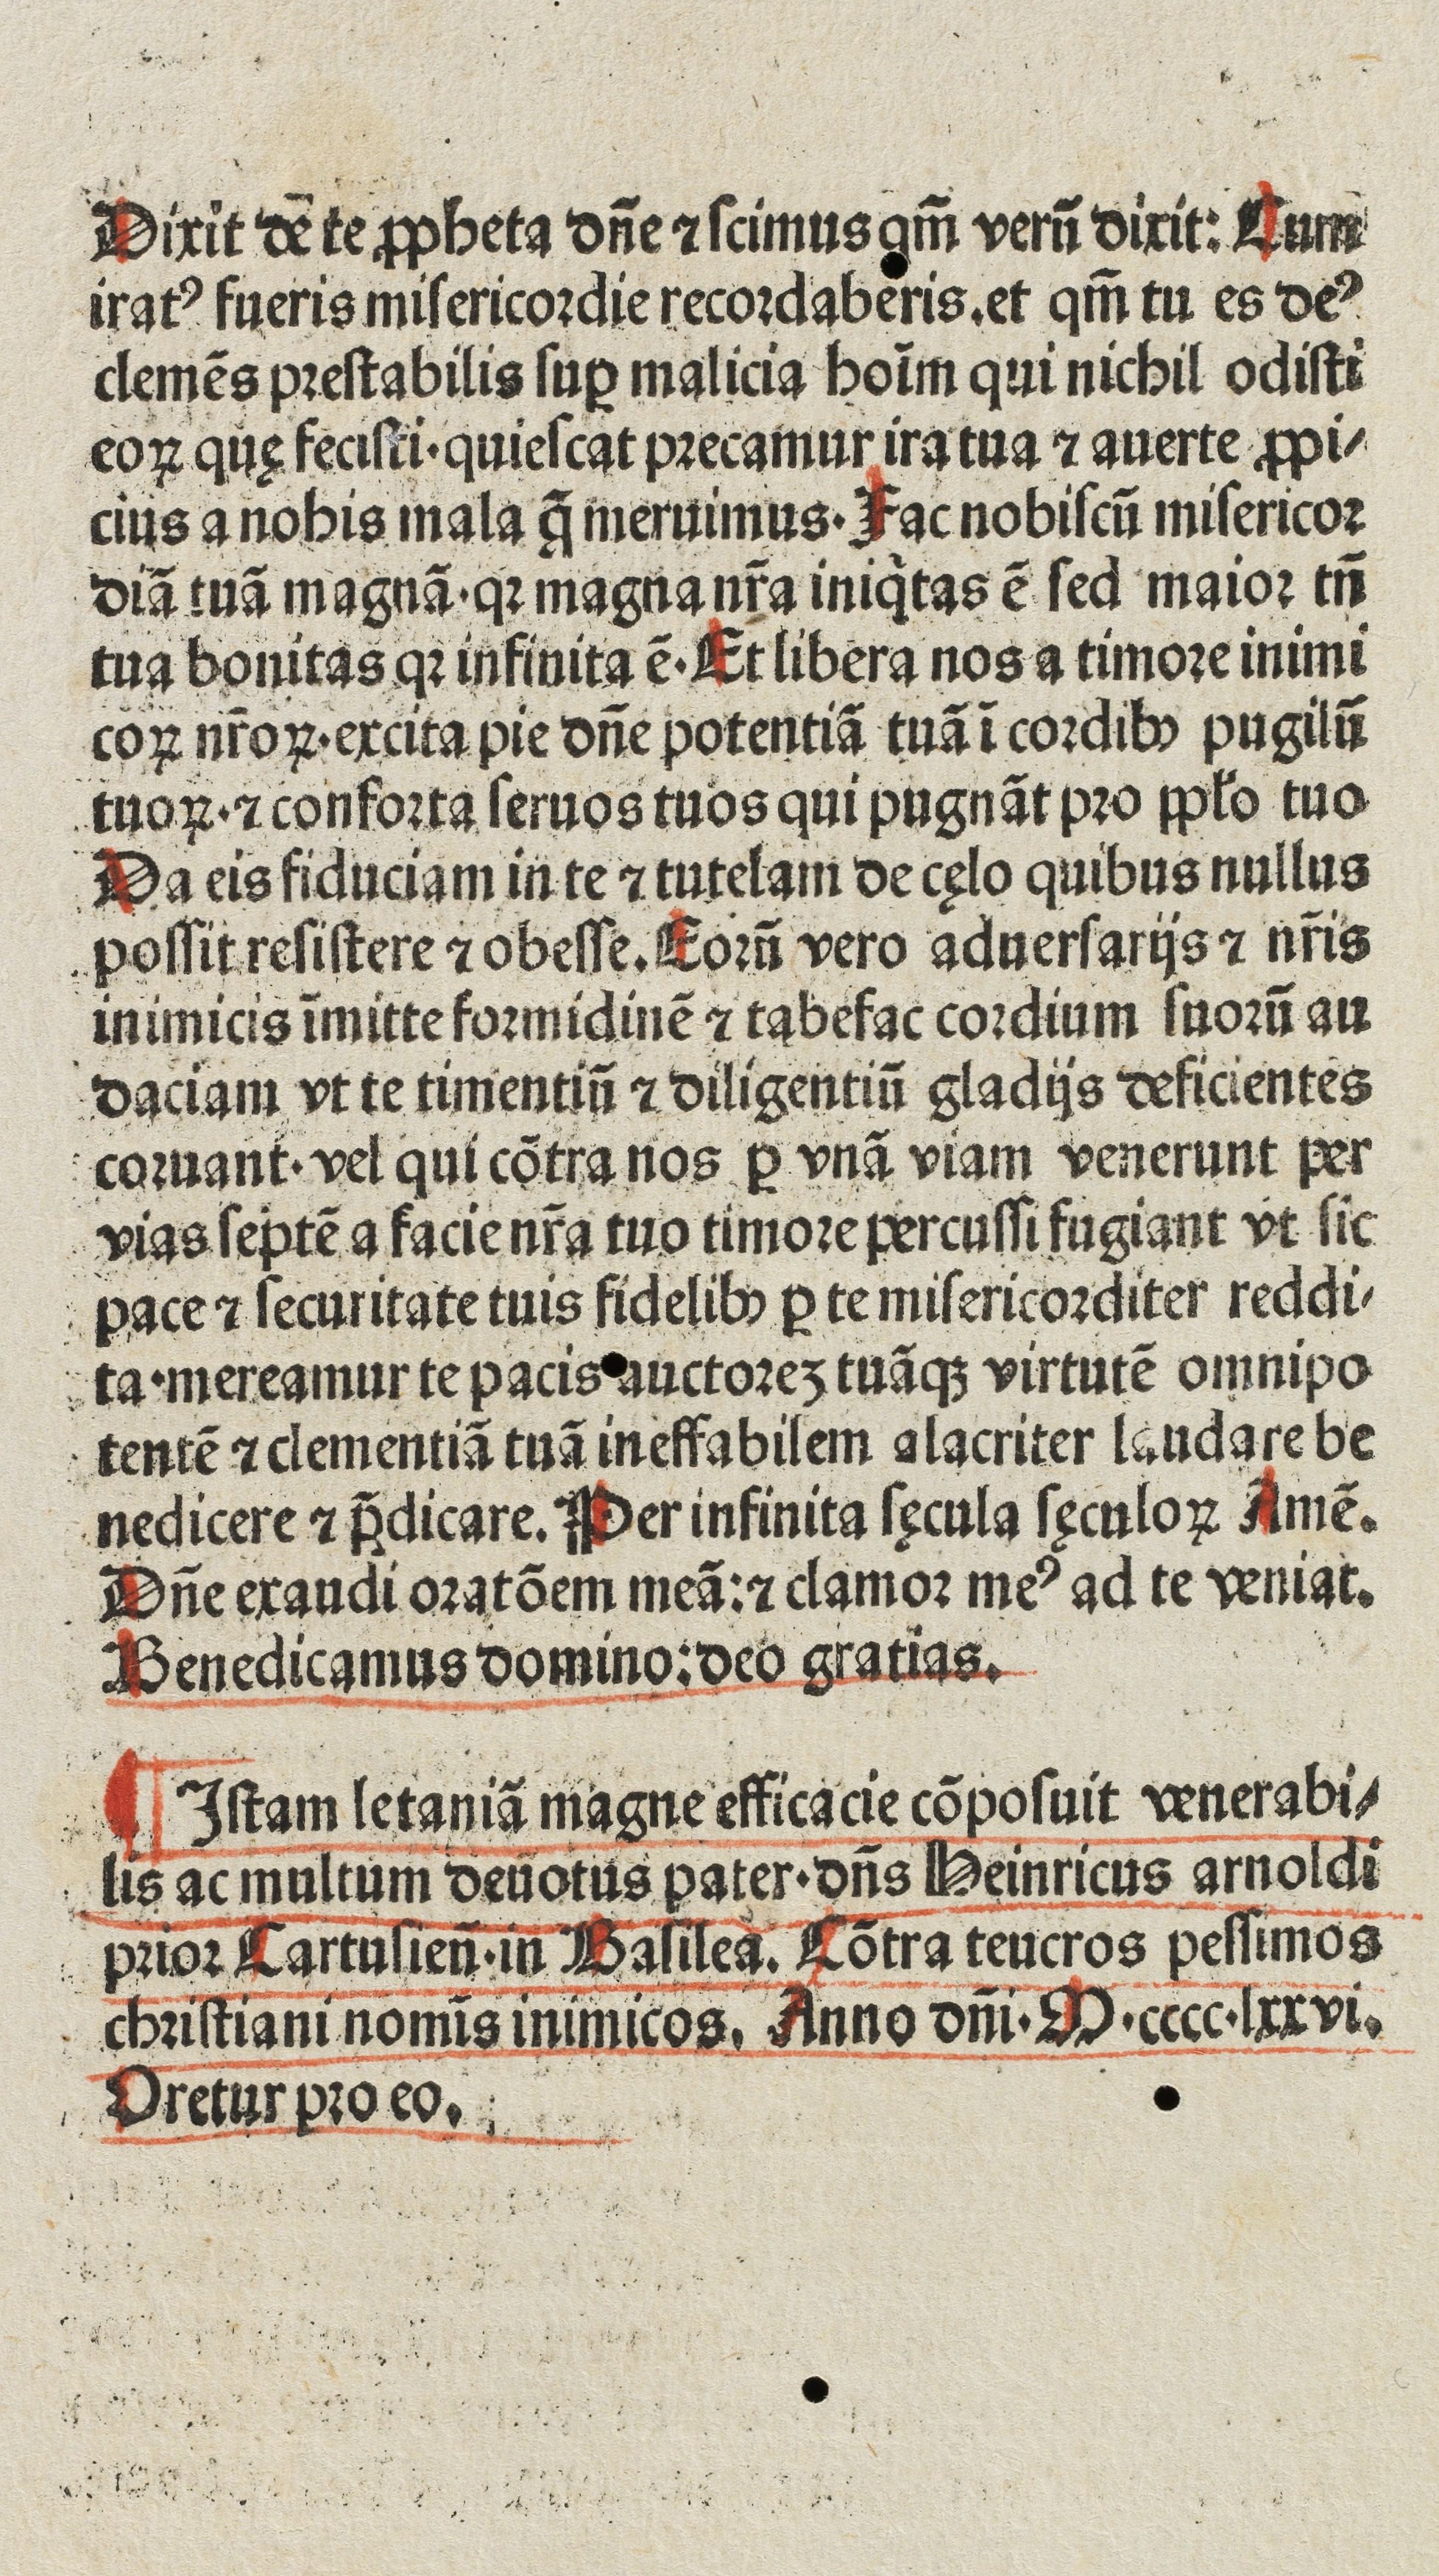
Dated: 1450–1499